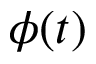
\phi ( t )